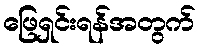
ဖြေရှင်းရန်အတွက်